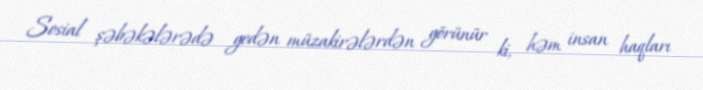
Sosial şəbəkələrədə gedən müzakirələrdən görünür ki, həm insan haqları